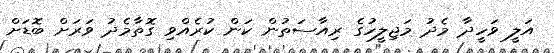
އަލީ ވަހީދާ މެދު މަޖިލީހުގެ ރިއާސަތުން ކަން ކުރެއްވި ގޮތާމެދު ވަރަށް ބޮޑަށް